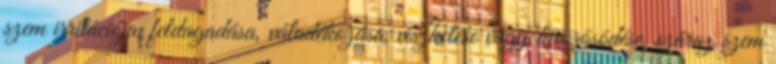
szem irritációja, feldagadása, váladékozása, viszketése vagy kivörösödése, száraz szem